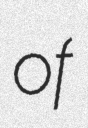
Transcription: of